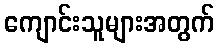
ကျောင်းသူများအတွက်